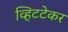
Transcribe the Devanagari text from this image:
व्हिटटेकर